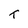
Character: T